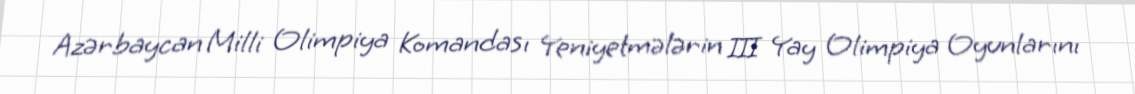
Azərbaycan Milli Olimpiya Komandası Yeniyetmələrin III Yay Olimpiya Oyunlarını